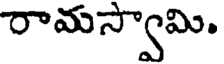
రామస్వామి.